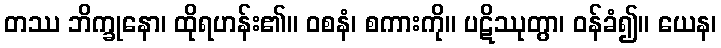
တဿ ဘိက္ခုနော၊ ထိုရဟန်း၏။ ဝစနံ၊ စကားကို။ ပဋိဿုတွာ၊ ဝန်ခံ၍။ ယေန၊